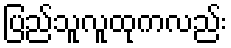
ပြည်သူလူထုကလည်း